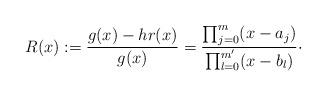
LaTeX: \begin{align*}R(x):=\frac{g(x)- hr(x)}{g(x)}={\prod_{j=0}^m (x-a_j) \over \prod_{l=0}^{m'} (x-b_l)}\cdot\end{align*}